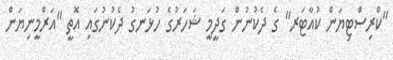
"ކްރިސްޓިޔަން ކުއާޓަރ" ގެ ދެކުނުން ގަދީމީ ޝަހަރުގެ ހުޅަނގު ދެކުނުގައި އޮތީ "އަރްމީނިޔަން